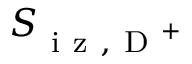
S _ { \mathrm { ~ i ~ z ~ } , \mathrm { ~ D ~ } ^ { + } }